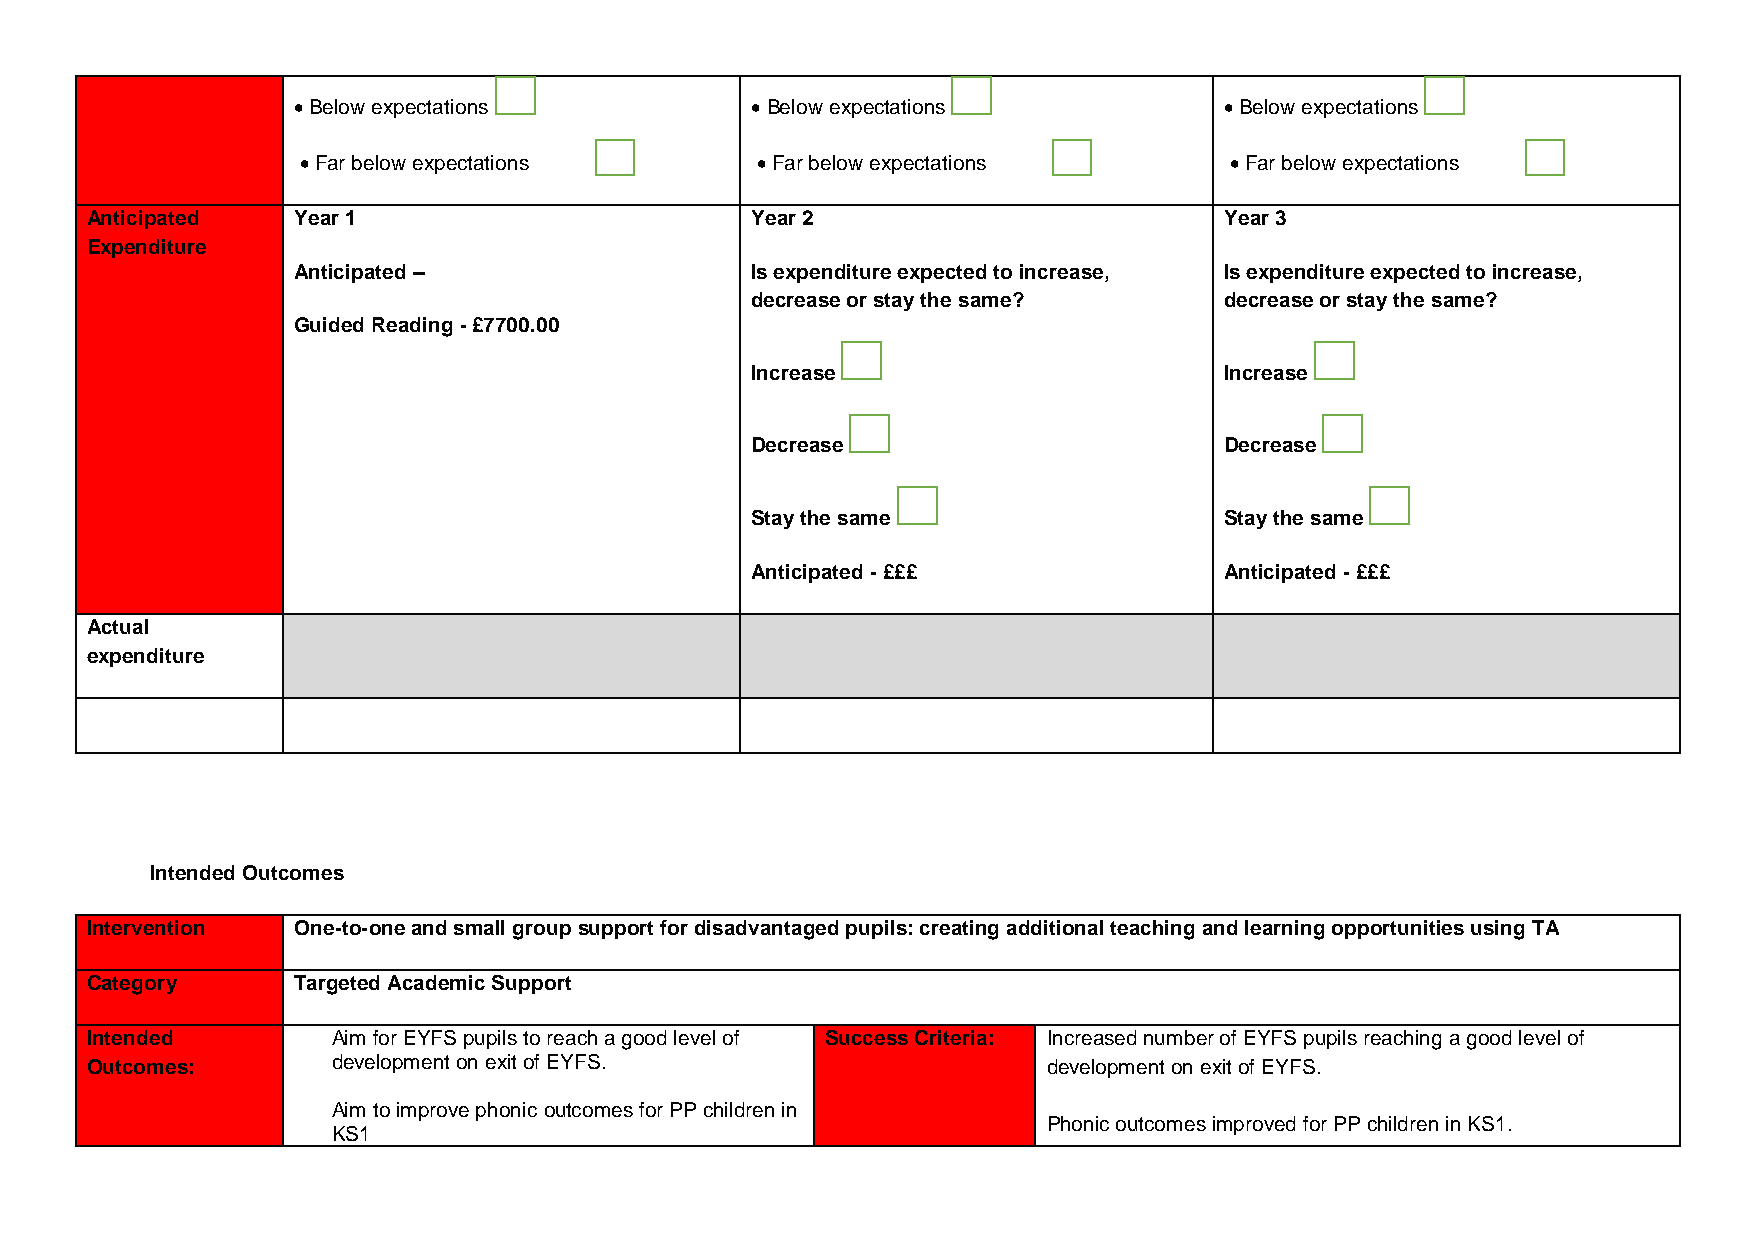
 Below expectations            Below expectations            Below expectations
  Far below expectations       Far below expectations        Far below expectations
 Anticipated  Year 1                         Year 2                         Year 3
 Expenditure
 Anticipated –                  Is expenditure expected to increase, Is expenditure expected to increase,
 decrease or stay the same?     decrease or stay the same?
 Guided Reading - £7700.00
 Increase                       Increase
 Decrease                       Decrease
 Stay the same                  Stay the same
 Anticipated - £££              Anticipated - £££
 Actual
 expenditure
 Intended Outcomes
 Intervention One-to-one and small group support for disadvantaged pupils: creating additional teaching and learning opportunities using TA
 Category     Targeted Academic Support
 Intended        Aim for EYFS pupils to reach a good level of Success Criteria: Increased number of EYFS pupils reaching a good level of
 Outcomes:       development on exit of EYFS.                   development on exit of EYFS.
 Aim to improve phonic outcomes for PP children in
 Phonic outcomes improved for PP children in KS1.
 KS1